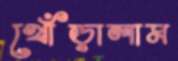
খোঁড়ালাম